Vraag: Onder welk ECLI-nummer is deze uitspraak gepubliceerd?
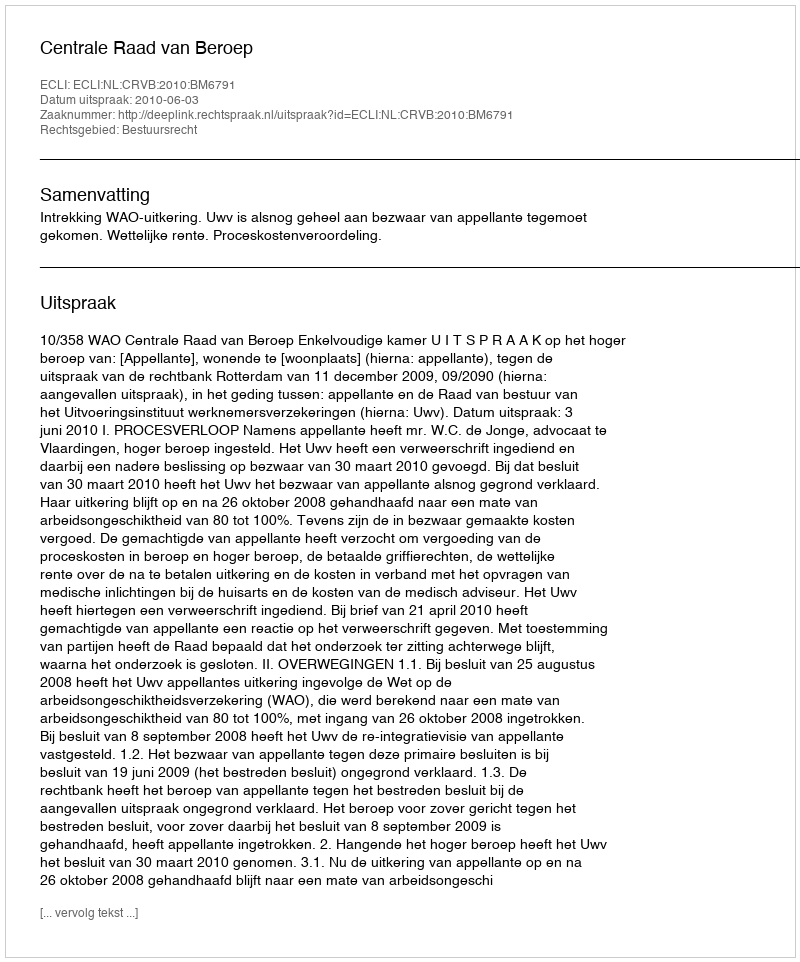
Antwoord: ECLI:NL:CRVB:2010:BM6791